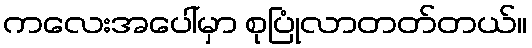
ကလေးအပေါ်မှာ စုပြုံလာတတ်တယ်။